Indian journal of veterinary science and animal husbandry - Volumes 22-23, 1952-1953
Year: 1952
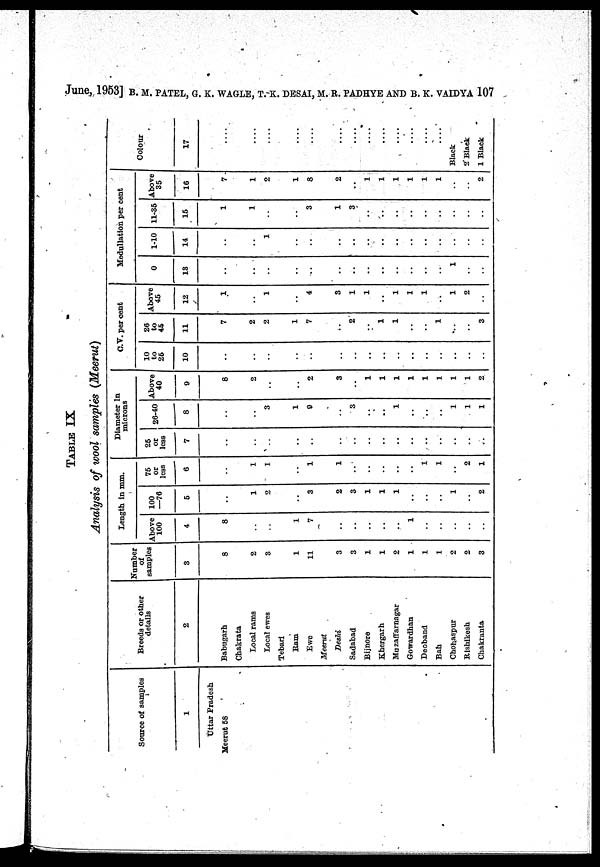
June, 1953] B. M. PATEL, G. K. WAGLE, T.-K. DESAI, M. R. PADHYE AND B. K. VAI DYA 107
TABLE IX
Analysis of wool samples (Meerut)
Sour ce of sampl es
1
Uttar Pradesh
Meer ut 58
Br eeds or ot her
det ai l s
2
Babugar h
Chakrat a
Local r ams
Local ewes
Tebari
Ram
Ewe
Meerut
Deshi
Sadabad
Bi j nore
Khergarh
Muzaf f ar nagar
Gowar dhan
Deoband
Bah
Chohaspur
Ri shi kesh
Chakrant a
Number
of
samples
3
8
2
3
1
11
3
3
1
1
2
1
1
1
2
2
3
Lengt h i n mm.
Above
100
4
8
..
..
1
7
..
..
..
..
..
1
..
..
..
..
..
100
—76
5
..
1
2
..
3
2
3
1
1
1
..
..
..
1
..
2
75
or
l ess 6
..
1
1
..
1
1
..
..
..
..
..
1
1
..
2
1
Di amet er In
mi crons
25
or
l ess 7
..
..
..
..
..
..
..
..
..
..
..
..
..
..
..
..
26- 40
8
..
..
3
1
9
..
3
..
..
1
..
..
..
1
1
1
Above
40
9
8
2
..
..
2
3
..
1
1
1
1
1
1
1
1
2
C. V. per cent
10
to
25 10
..
..
..
..
..
..
..
..
..
..
..
..
..
..
..
..
26
to
45
11
7
2
2
1
7
..
2
..
1
1
..
..
1
..
..
3
Above
45
12
1
..
1
..
4
3
1
1
..
1
1
1
..
1
2
..
Medul l at i on per cent
0
13
..
..
..
..
..
..
..
..
..
..
..
..
..
1
..
..
1- 10
14
..
..
1
..
..
..
..
..
..
..
..
..
..
..
..
..
11- 35
15
1
1
..
..
3
1
3
..
..
..
..
..
..
..
..
..
Above
35
16
7
1
2
1
8
2
..
1
1
1
1
1
1
..
..
2
Colour
17
....
....
....
....
....
....
....
....
....
....
....
....
....
Bl ack
2 Bl ack
1 Bl ack